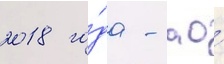
2018 го́да - ао́